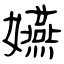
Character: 嬿